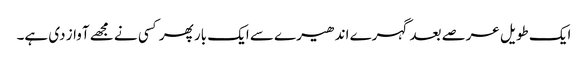
ایک طویل عرصے بعد گہرے اندھیرے سے ایک بار پھر کسی نے مجھے آواز دی ہے۔